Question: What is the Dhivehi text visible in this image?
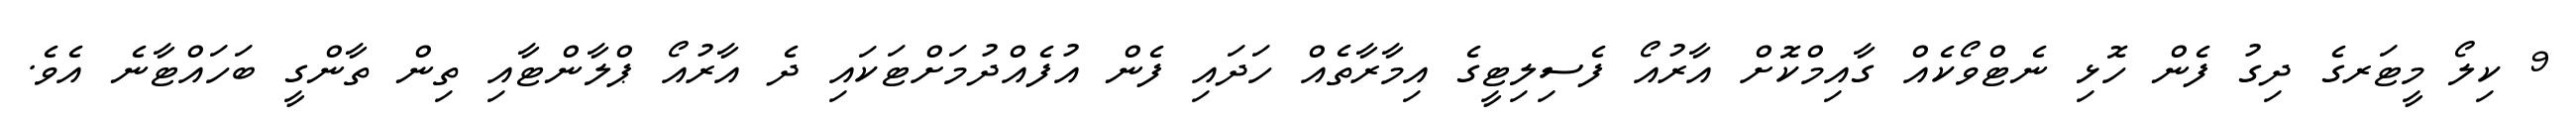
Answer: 9 ކިލޯ މީޓަރގެ ދިގު ފެން ހޮޅި ނެޓްވޯކެއް ގާއިމްކޮށް އާރުއޯ ފެސިލިޓީގެ އިމާރާތެއް ހަދައި ފެން އުފެއްދުމަށްޓަކައި ދެ އާރުއޯ ޕްލާންޓާއި ތިން ތާންގީ ބަހައްޓާނެ އެވެ.